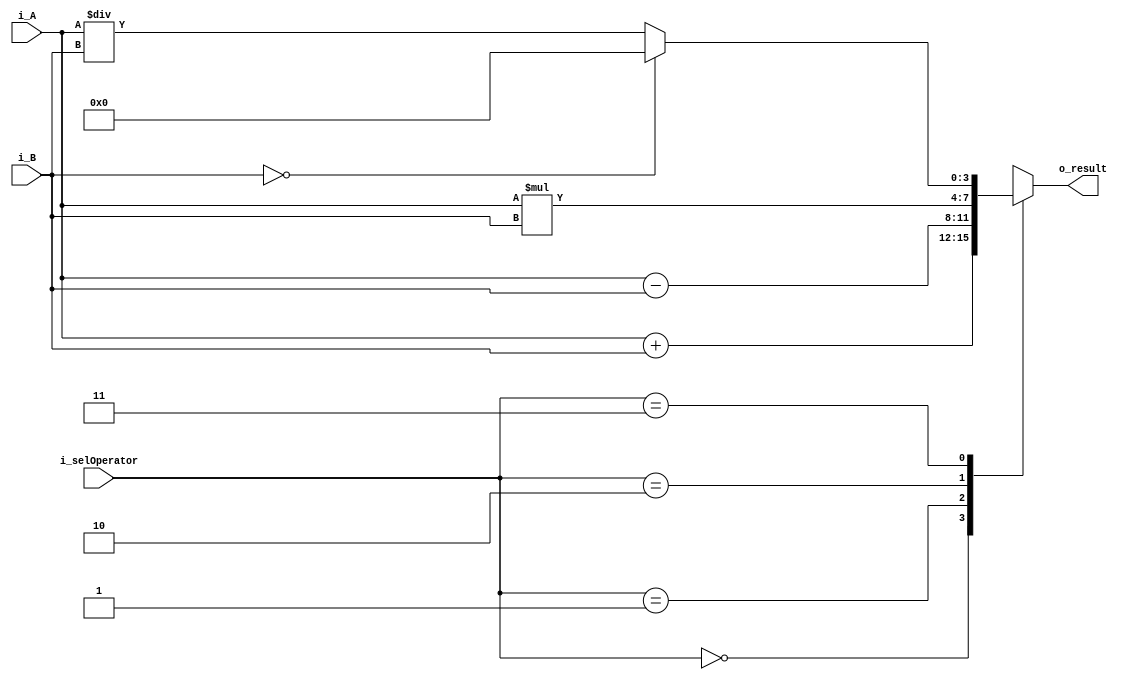

`timescale 1ns / 1ps

module SimpleCaculator(
    input [3:0] i_A, i_B,
    input [1:0] i_selOperator,
    output [3:0] o_result
    );

    reg [3:0] r_result;
    assign o_result = r_result;

    always @(*) begin
        case (i_selOperator) 
            2'b00 : r_result = i_A + i_B;
            2'b01 : r_result = i_A - i_B;
            2'b10 : r_result = i_A * i_B;
            2'b11 : begin
                if (i_B == 0) r_result = 0;
                else r_result = i_A / i_B;
            end
        endcase
    end
endmodule